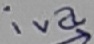
Text: iva